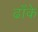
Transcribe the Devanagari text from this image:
ढाँके